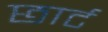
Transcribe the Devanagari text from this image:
छार्ट